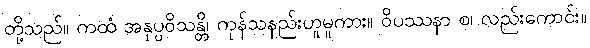
တို့သည်။ ကထံ အနုပ္ပဝိသန္တိ၊ ကုန်သနည်းဟူမူကား။ ဝိပဿနာ စ၊ လည်းကောင်း။